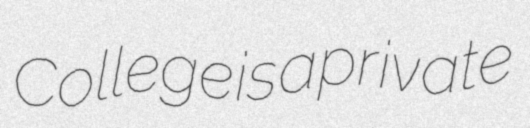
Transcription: College is a private